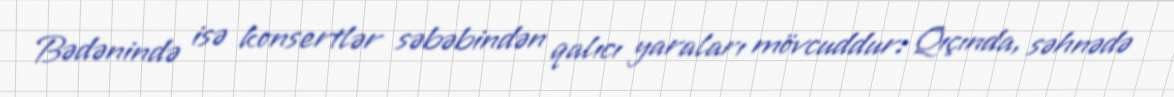
Bədənində isə konsertlər səbəbindən qalıcı yaraları mövcuddur: Qıçında, səhnədə